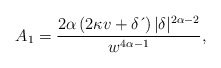
\begin{align*}A_{1}=\frac{2\alpha \left( 2\kappa v+\delta \,\acute{}\, \right) |\delta|^{2\alpha-2}}{w^{4\alpha-1}}, \end{align*}